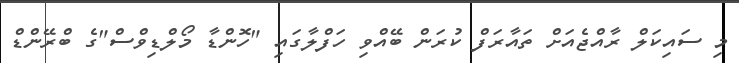
މި ސައިކަލް ރާއްޖެއަށް ތައާރަފް ކުރަން ބޭއްވި ހަފްލާގައި "ހޮންޑާ މޯލްޑިވްސް"ގެ ބްރޭންޑް